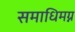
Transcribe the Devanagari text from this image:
समाधिमग्न